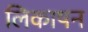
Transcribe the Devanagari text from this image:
लिकाषन